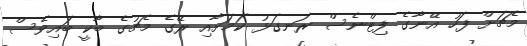
މެޗަށް ފަހު އޭނާގެ ފިޓްނެސް ރަނގަޅު ކަމަށާއި ރޭގެ މެޗުގެ ބާކީ ބައިވެސް